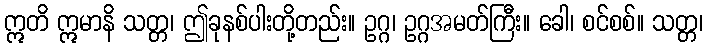
ဣတိ ဣမာနိ သတ္တ၊ ဤခုနစ်ပါးတို့တည်း။ ဥဂ္ဂ၊ ဥဂ္ဂအမတ်ကြီး။ ခေါ၊ စင်စစ်။ သတ္တ၊